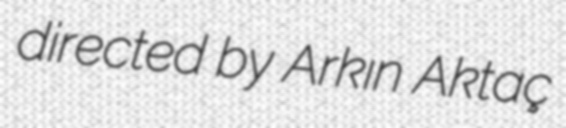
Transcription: directed by Arkın Aktaç